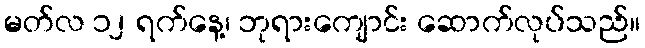
မတ်လ ၁၂ ရက်နေ့၊ ဘုရားကျောင်း ဆောက်လုပ်သည်။